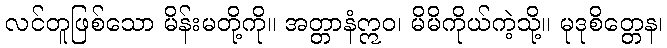
လင်တူဖြစ်သော မိန်းမတို့ကို။ အတ္တာနံဣဝ၊ မိမိကိုယ်ကဲ့သို့။ မုဒုစိတ္တေန၊